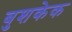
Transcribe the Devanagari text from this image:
बुशकेक